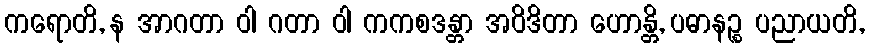
ကရောတိ, န အာဂတာ ဝါ ဂတာ ဝါ ကကစဒန္တာ အဝိဒိတာ ဟောန္တိ, ပဓာနဉ္စ ပညာယတိ,